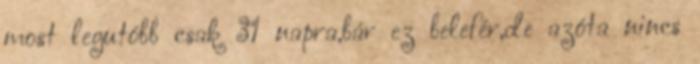
most legutóbb csak 31 napra,bár ez belefér,de azóta nincs